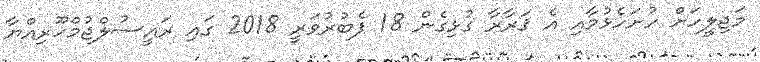
މަޖިލީހަށް ހުށަހެޅުމާއި އެ ޤަރާރާ ގުޅިގެން 18 ފެބުރުވަރީ 2018 ގައި ރައީސުލްޖުމްހޫރިއްޔާ